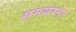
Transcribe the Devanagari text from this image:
समयरना